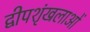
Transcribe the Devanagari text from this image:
द्वीपशृंखलाओं